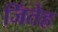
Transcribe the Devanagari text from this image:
जिंतेह